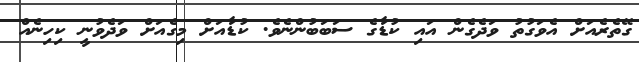
ގޭތެރެއަށް އެވަގުތު ވަދެގެން އައި ކުޑާގެ ސަބަބުންނެވެ. ކުޑާއަށް މިގެއަށް ވަދެވުނީ ކިހިނެއް